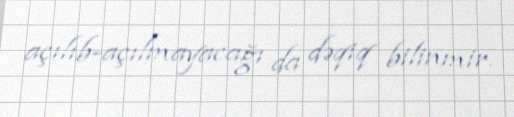
açılıb-açılmayacağı da dəqiq bilinmir.